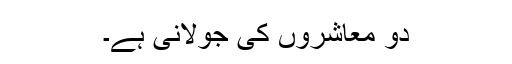
دو معاشروں کی جولانی ہے۔